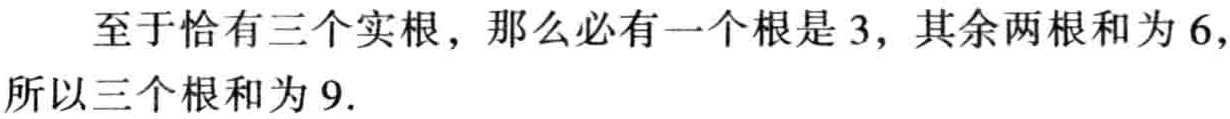
至于恰有三个实根，那么必有一个根是 \(3\)，其余两根和为 \(6\)，所以三个根和为 \(9\).